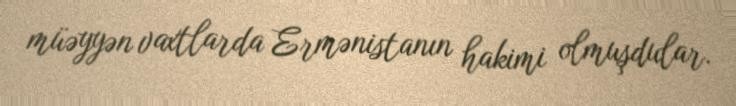
müəyyən vaxtlarda Ermənistanın hakimi olmuşdular.